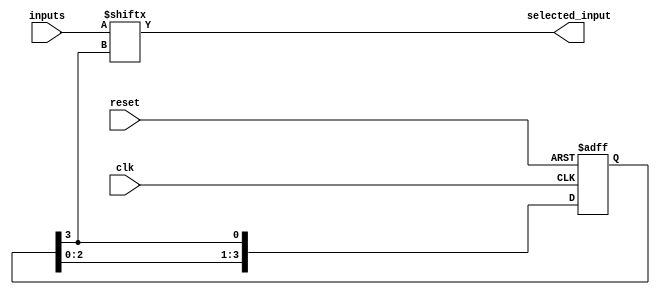
module round_robin_arbiter (
    input wire clk,
    input wire reset,
    input wire [NUM_INPUTS-1:0] inputs,
    output wire selected_input
    );
    
    parameter NUM_INPUTS = 4; // Number of competing inputs
    
    reg [NUM_INPUTS-1:0] selected_input_reg;
    
    always @ (posedge clk or posedge reset) begin
        if (reset) begin
            selected_input_reg <= 0;
        end else begin
            selected_input_reg <= {selected_input_reg[NUM_INPUTS-2:0], selected_input_reg[NUM_INPUTS-1]};
        end
    end

    assign selected_input = inputs[selected_input_reg[NUM_INPUTS-1]];
    
endmodule